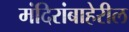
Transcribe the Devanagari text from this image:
मंदिरांबाहेरील